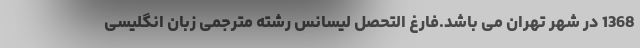
1368 در شهر تهران می باشد.فارغ التحصل لیسانس رشته مترجمی زبان انگلیسی